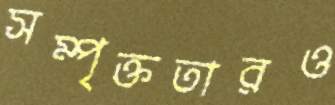
সম্পৃক্ততারও